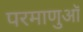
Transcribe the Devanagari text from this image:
परमाणुऑ